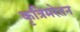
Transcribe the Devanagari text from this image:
कृत्रिमरेतन